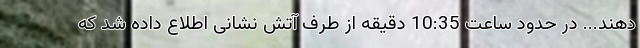
دهند... در حدود ساعت 10:35 دقیقه از طرف آتش نشانی اطلاع داده شد که